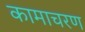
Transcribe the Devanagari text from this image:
कामाचरण